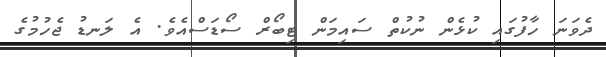
ދެވަނަ ހާފުގައި ކުޅެން ނުކުތް ސައިމަން ޓިބޯރް ސޯޑަސްއެވެ. އެ ލަނޑު ޖެހުމުގެ